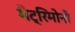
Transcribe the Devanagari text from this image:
मैट्रिमोनी